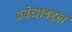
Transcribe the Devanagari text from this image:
प्रबंधाबद्दल